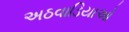
અઠવાડિયાઓ